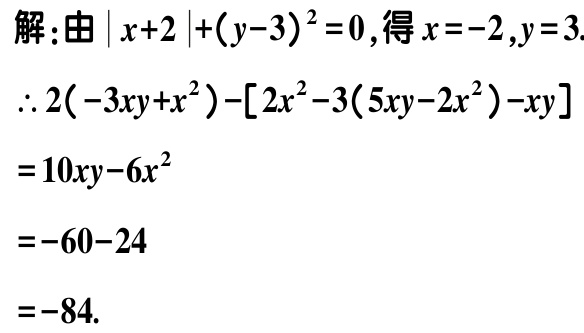
解：由\(\vert x + 2\vert+(y - 3)^2 = 0\)，得\(x = -2,y = 3\)

\(\therefore 2(-3xy + x^2)-[2x^2 - 3(5xy - 2x^2)-xy]\)

\(= 10xy - 6x^2\)

\(= -60 - 24\)

\(= -84\)